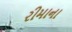
રીમાના